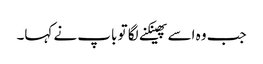
جب وہ اسے پھینکنے لگا تو باپ نے کہا۔